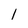
Character: l